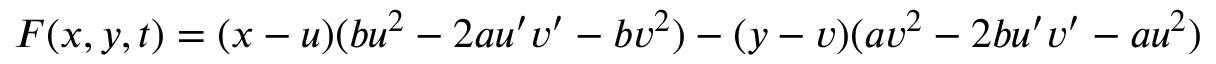
F ( x , y , t ) = ( x - u ) ( b u ^ { 2 } - 2 a u ^ { \prime } v ^ { \prime } - b v ^ { 2 } ) - ( y - v ) ( a v ^ { 2 } - 2 b u ^ { \prime } v ^ { \prime } - a u ^ { 2 } )